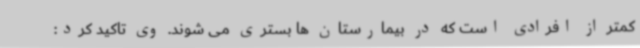
کمتر از افرادی است که در بیمارستان ها بستری می شوند. وی تاکید کرد: